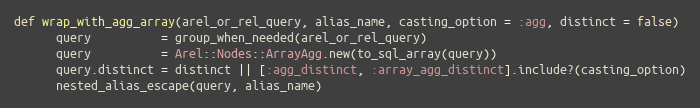
Language: Ruby
def wrap_with_agg_array(arel_or_rel_query, alias_name, casting_option = :agg, distinct = false)
      query          = group_when_needed(arel_or_rel_query)
      query          = Arel::Nodes::ArrayAgg.new(to_sql_array(query))
      query.distinct = distinct || [:agg_distinct, :array_agg_distinct].include?(casting_option)
      nested_alias_escape(query, alias_name)